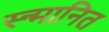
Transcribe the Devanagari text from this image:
स्न्मानित